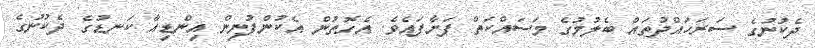
ދެކުނުގެ ސަރަހައްދުތައް ބެލުމުގެ މަސައްކަތް ފަށާފައެވެ. އެގޮތުން އެކުންފުނިން އިންޑިއާ ކަނޑުގެ ދެކުނުގެ